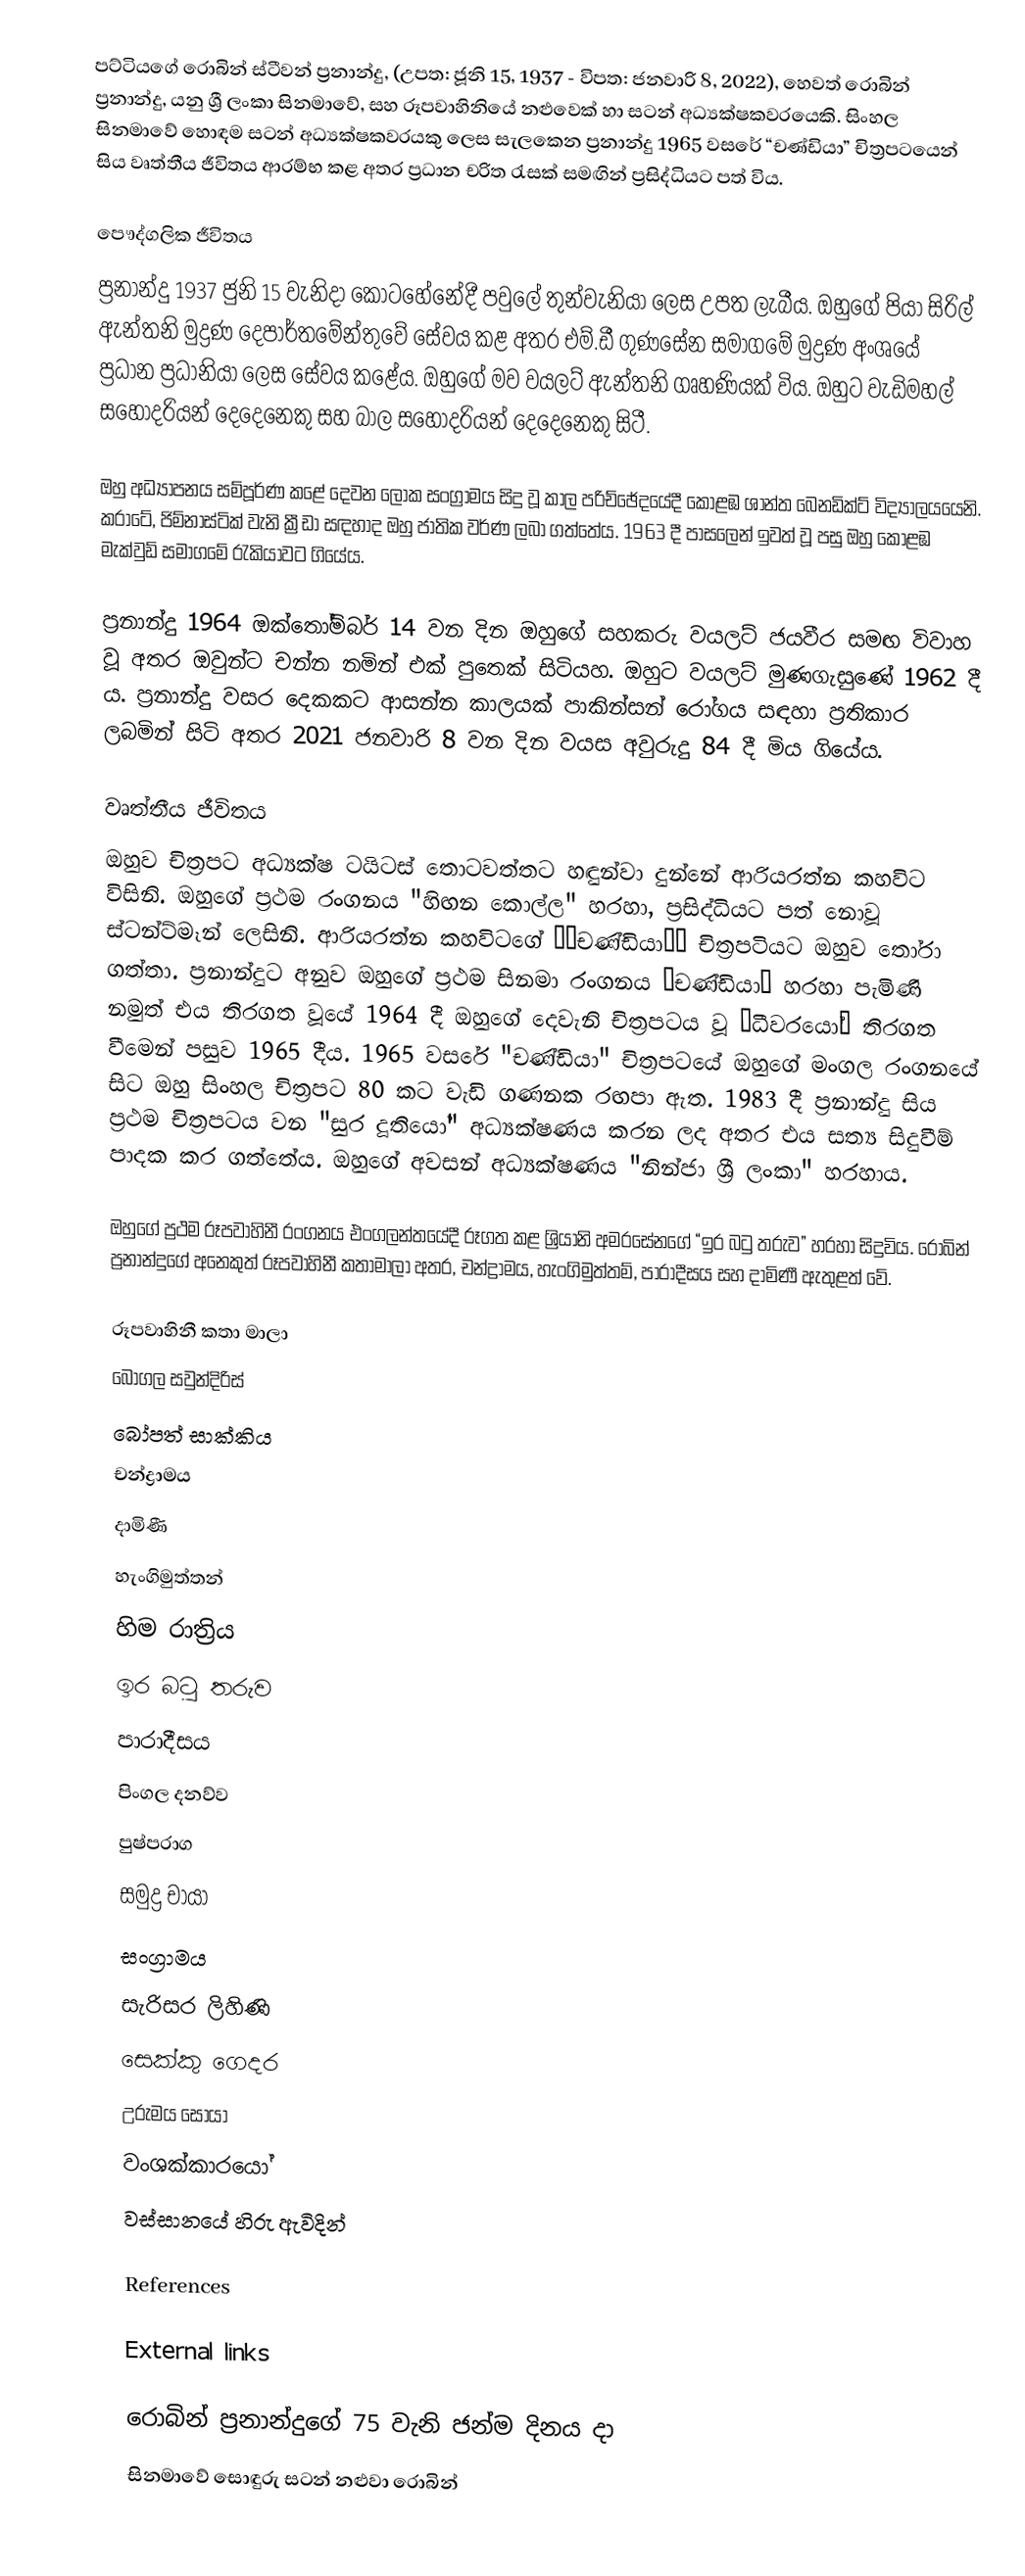
පට්ටියගේ රොබින් ස්ටීවන් ප්‍රනාන්දු, (උපත: ජූනි 15, 1937 - විපත: ජනවාරි 8, 2022), හෙවත් රොබින් ප්‍රනාන්දු, යනු ශ්‍රී ලංකා සිනමාවේ, සහ රූපවාහිනියේ නළුවෙක් හා සටන් අධ්‍යක්ෂකවරයෙකි. සිංහල සිනමාවේ හොඳම සටන් අධ්‍යක්ෂකවරයකු ලෙස සැලකෙන ප්‍රනාන්දු 1965 වසරේ “චණ්ඩියා” චිත්‍රපටයෙන් සිය වෘත්තීය ජීවිතය ආරම්භ කළ අතර ප්‍රධාන චරිත ‍රැසක් සමඟින් ප්‍රසිද්ධියට පත් විය.

පෞද්ගලික ජීවිතය
ප්‍රනාන්දු 1937 ජුනි 15 වැනිදා කොටහේනේදී පවුලේ තුන්වැනියා ලෙස උපත ලැබීය. ඔහුගේ පියා සිරිල් ඇන්තනි මුද්‍රණ දෙපාර්තමේන්තුවේ සේවය කළ අතර එම්.ඩී ගුණසේන සමාගමේ මුද්‍රණ අංශයේ ප්‍රධාන ප්‍රධානියා ලෙස සේවය කළේය. ඔහුගේ මව වයලට් ඇන්තනි ගෘහණියක් විය. ඔහුට වැඩිමහල් සහෝදරියන් දෙදෙනෙකු සහ බාල සහෝදරියන් දෙදෙනෙකු සිටී.

ඔහු අධ්‍යාපනය සම්පූර්ණ කළේ දෙවන ලෝක සංග්‍රාමය සිදු වූ කාල පරිච්ඡේදයේදී කොළඹ ශාන්ත බෙනඩික්ට් විද්‍යාලයයෙනි. කරාටේ, ජිම්නාස්ටික් වැනි ක්‍රීඩා සඳහාද ඔහු ජාතික වර්ණ ලබා ගත්තේය. 1963 දී පාසලෙන් ඉවත් වූ පසු ඔහු කොළඹ මැක්වුඩ් සමාගමේ රැකියාවට ගියේය.

ප්‍රනාන්දු 1964 ඔක්තෝම්බර් 14 වන දින ඔහුගේ සහකරු වයලට් ජයවීර සමඟ විවාහ වූ අතර ඔවුන්ට චන්න නමින් එක් පුතෙක් සිටියහ. ඔහුට වයලට් මුණගැසුණේ 1962 දී ය. ප්‍රනාන්දු වසර දෙකකට ආසන්න කාලයක් පාකින්සන් රෝගය සඳහා ප්‍රතිකාර ලබමින් සිටි අතර 2021 ජනවාරි 8 වන දින වයස අවුරුදු 84 දී මිය ගියේය.

වෘත්තීය ජීවිතය
ඔහුව චිත්‍රපට අධ්‍යක්ෂ ටයිටස් තොටවත්තට හඳුන්වා දුන්නේ ආරියරත්න කහවිට විසිනි. ඔහුගේ ප්‍රථම රංගනය "හිඟන කොල්ල" හරහා, ප්‍රසිද්ධියට පත් නොවූ ස්ටන්ට්මෑන් ලෙසිනි. ආරියරත්න කහවිටගේ ‘‘චණ්ඩියා’’ චිත‍්‍රපටියට ඔහුව තෝරා ගත්තා. ප්‍රනාන්දුට අනුව ඔහුගේ ප්‍රථම සිනමා රංගනය “චණ්ඩියා” හරහා පැමිණි නමුත් එය තිරගත වූයේ 1964 දී ඔහුගේ දෙවැනි චිත්‍රපටය වූ “ධීවරයෝ” තිරගත වීමෙන් පසුව 1965 දීය. 1965 වසරේ "චණ්ඩියා" චිත්‍රපටයේ ඔහුගේ මංගල රංගනයේ සිට ඔහු සිංහල චිත්‍රපට 80 කට වැඩි ගණනක රඟපා ඇත. 1983 දී ප්‍රනාන්දු සිය ප්‍රථම චිත්‍රපටය වන "සුර දූතියෝ" අධ්‍යක්ෂණය කරන ලද අතර එය සත්‍ය සිදුවීම් පාදක කර ගත්තේය. ඔහුගේ අවසන් අධ්‍යක්ෂණය "නින්ජා ශ්‍රී ලංකා" හරහාය.

ඔහුගේ ප්‍රථම රූපවාහිනී රංගනය එංගලන්තයේදී රූගත කළ ශ්‍රියානි අමරසේනගේ “ඉර බටු තරුව” හරහා සිදුවිය. රොබින් ප්‍රනාන්දුගේ අනෙකුත් රූපවාහිනී කතාමාලා අතර, චන්ද්‍රාමය, හැංගිමුත්තම්, පාරාදීසය සහ දාමිණී ඇතුළත් වේ.

රූපවාහිනී කතා මාලා
 බෝගල සවුන්දිරිස්
 බෝපත් සාක්කිය
 චන්ද්‍රාමය
 දාමිණී
 හැංගිමුත්තන්
 හිම රාත්‍රිය
 ඉර බටු තරුව
 පාරාදීසය
 පිංගල දනව්ව
 පුෂ්පරාග
 සමුද්‍ර චායා
 සංග්‍රාමය
 සැරිසර ලිහිණි
 සෙක්කු ගෙදර
 උරුමය සොයා
 වංශක්කාරයෝ
 වස්සානයේ හිරු ඇවිදින්

References

External links

රොබින් ප්‍රනාන්දුගේ 75 වැනි ජන්ම දිනය දා
සිනමාවේ සොඳුරු සටන් නළුවා රොබින්